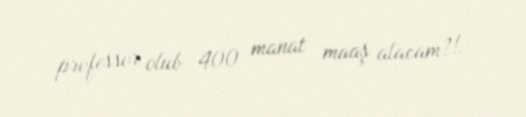
professor olub 400 manat maaş alacam?!.